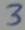
Text: 3